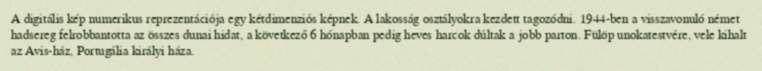
A digitális kép numerikus reprezentációja egy kétdimenziós képnek. A lakosság osztályokra kezdett tagozódni. 1944-ben a visszavonuló német hadsereg felrobbantotta az összes dunai hidat, a következő 6 hónapban pedig heves harcok dúltak a jobb parton. Fülöp unokatestvére, vele kihalt az Avis-ház, Portugália királyi háza.